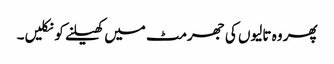
پھر وہ تالیوں کی جھرمٹ میں کھیلنے کو نکلیں۔